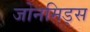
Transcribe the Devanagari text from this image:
जोनमिड्स